Materia medica of Madras volume I
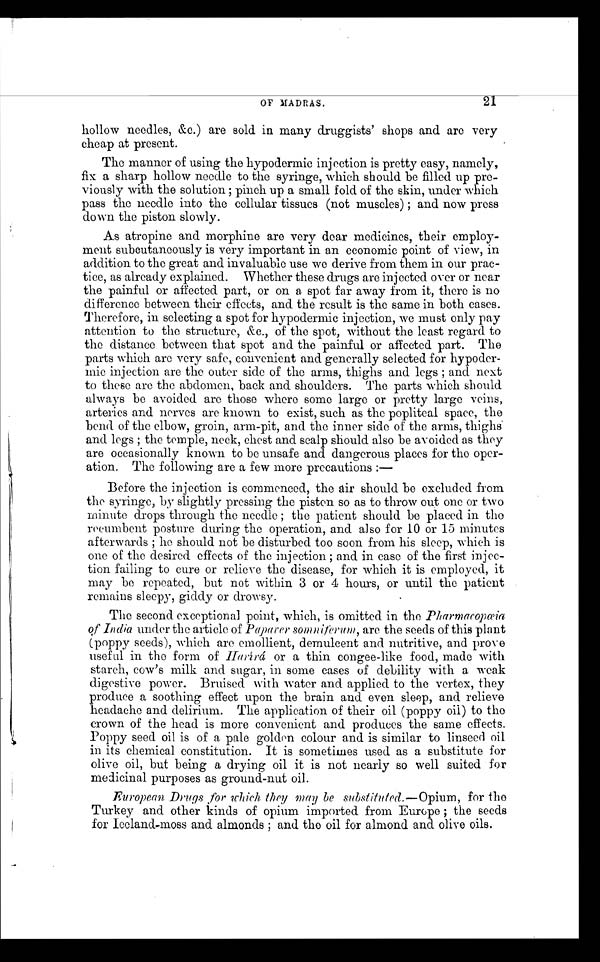
OF MADRAS.
21
hollow needles, &c.) are sold in many druggists' shops and are very
cheap at present.
The manner of using the hypodermic injection is pretty easy, namely,
fix a sharp hollow needle to the syringe, which should be filled up pre-
viously with the solution; pinch up a small fold of the skin, under which
pass the needle into the cellular tissues (not muscles); and now press
down the piston slowly.
As atropine and morphine are very dear medicines, their employ-
ment subcutaneously is very important in an economic point of view, in
addition to the great and invaluable use we derive from them in our prac-
tice, as already explained. Whether these drugs are injected over or near
the painful or affected part, or on a spot far away from it, there is no
difference between their effects, and the result is the same in both cases.
Therefore, in selecting a spot for hypodermic injection, we must only pay
attention to the structure, &c., of the spot, without the least regard to
the distance between that spot and the painful or affected part. The
parts which are very safe, convenient and generally selected for hypoder-
mic injection are the outer side of the arms, thighs and legs; and next
to these are the abdomen, back and shoulders. The parts which should
always be avoided are those where some large or pretty large veins,
arteries and nerves are known to exist, such as the popliteal space, the
bend of the elbow, groin, arm-pit, and the inner side of the arms, thighs
and legs; the temple, neck, chest and scalp should also be avoided as they
are occasionally known to be unsafe and dangerous places for the oper-
ation. The following are a few more precautions:-
Before the injection is commenced, the air should be excluded from
the syringe, by slightly pressing the piston so as to throw out one or two
minute drops through the needle; the patient should be placed in the
recumbent posture during the operation, and also for 10 or 15 minutes
afterwards; he should not be disturbed too soon from his sleep, which is
one of the desired effects of the injection; and in case of the first injec-
tion failing to cure or relieve the disease, for which it is employed, it
may be repeated, but not within 3 or 4 hours, or until the patient
remains sleepy, giddy or drowsy.
The second exceptional point, which, is omitted in the P h a r m a c o p œ i a
of India under the article of Paperer somniferum, are the seeds of this plant
(poppy seeds), which are emollient, demulcent and nutritive, and prove
useful in the form of Harírá or a thin congee-like food, made with
starch, cow's milk and sugar, in some cases of debility with a weak
digestive power. Bruised with water and applied to the vertex, they
produce a soothing effect upon the brain and even sleep, and relieve
headache and delirium. The application of their oil (poppy oil) to the
crown of the head is more convenient and produces the same effects.
Poppy seed oil is of a pale golden colour and is similar to linseed oil
in its chemical constitution. It is sometimes used as a substitute for
olive oil, but being a drying oil it is not nearly so well suited for
medicinal purposes as ground-nut oil.
European Drugs , for which they may be substituted.—Opium, for the
Turkey and other kinds of opium imported from Europe; the seeds
for Iceland-moss and almonds; and the oil for almond and olive oils.